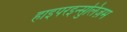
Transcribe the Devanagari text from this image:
हाइपरइन्सुलिज़म